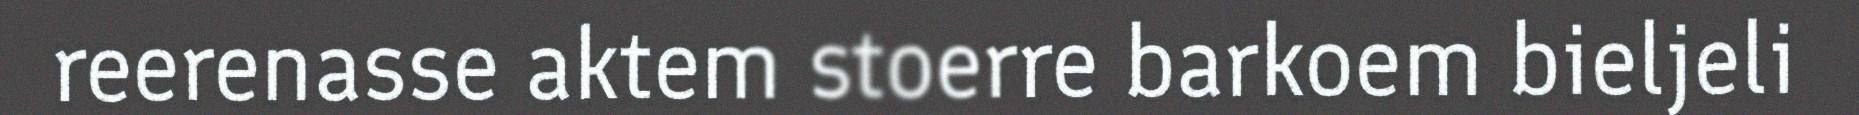
reerenasse aktem stoerre barkoem bieljeli